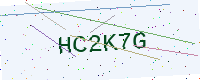
Text: HC2K7G